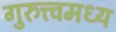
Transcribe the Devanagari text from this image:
गुरुत्त्वमध्य